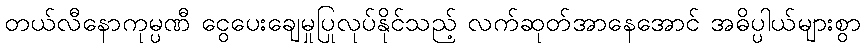
တယ်လီနောကုမ္ပဏီ ငွေပေးချေမှုပြုလုပ်နိုင်သည့် လက်ဆုတ်အာနေအောင် အဓိပ္ပါယ်များစွာ